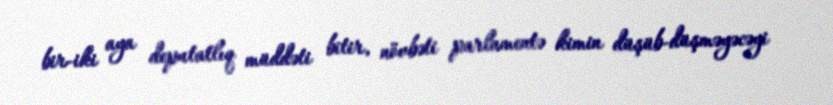
bir-iki aya deputatlıq müddəti bitir, növbəti parlamentə kimin düşüb-düşməyəcəyi